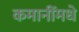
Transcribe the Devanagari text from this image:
कमानींमधे